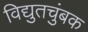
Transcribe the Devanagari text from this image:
विद्युतचुंबक